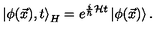
\left| \phi ( \vec { x } ) , t \right> _ { H } = e ^ { \frac { i } { \hbar } { \cal { H } } t } \left| \phi ( \vec { x } ) \right> .